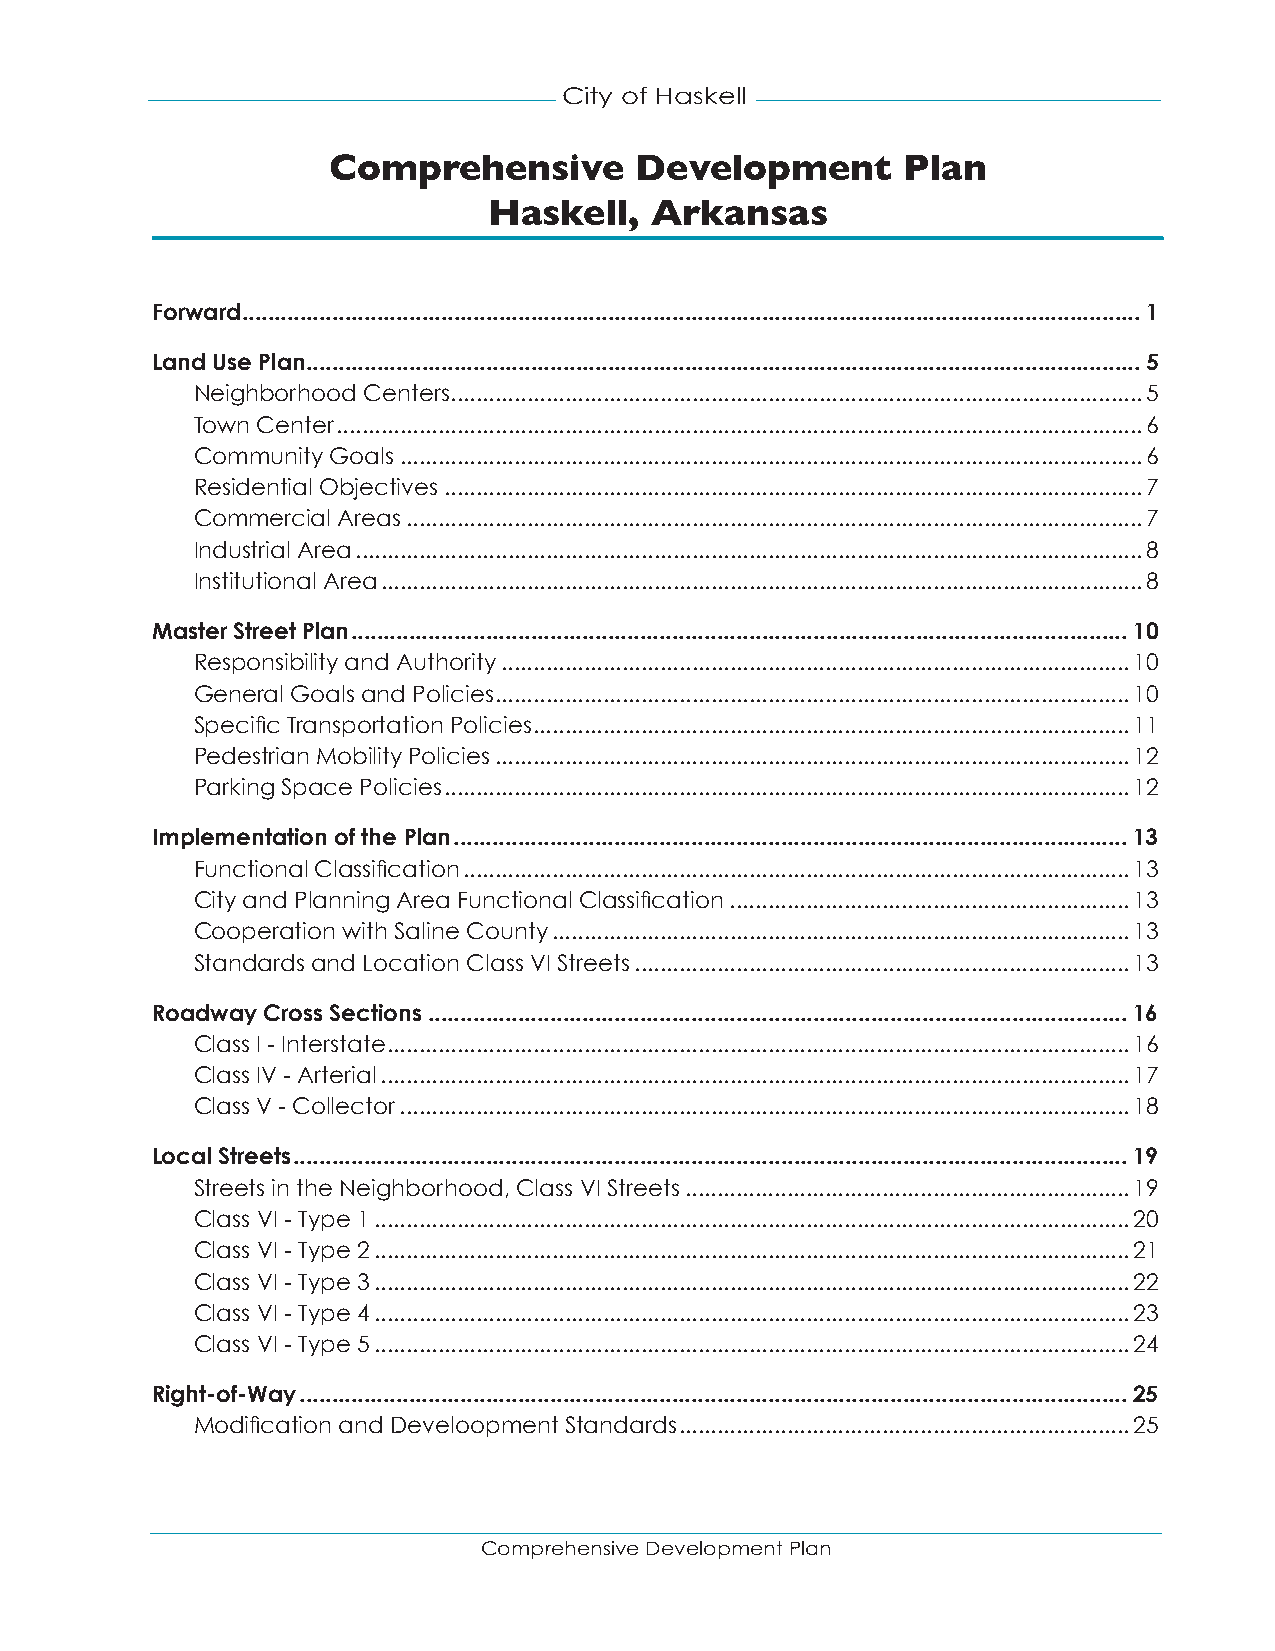
City of Haskell
 Comprehensive       Development       Plan
 Haskell,   Arkansas
 Forward ............................................................................................................................................1
 Land Use Plan ..................................................................................................................................5
 Neighborhood Centers .............................................................................................................5
 Town Center ...............................................................................................................................6
 Community Goals .....................................................................................................................6
 Residential Objectives ..............................................................................................................7
 Commercial Areas ....................................................................................................................7
 Industrial Area ............................................................................................................................8
 Institutional Area ........................................................................................................................8
 Master Street Plan .........................................................................................................................10
 Responsibility and Authority ...................................................................................................10
 General Goals and Policies ....................................................................................................10
 Specific Transportation Policies ..............................................................................................11
 Pedestrian Mobility Policies ....................................................................................................12
 Parking Space Policies ............................................................................................................12
 Implementation of the Plan .........................................................................................................13
 Functional Classification .........................................................................................................13
 City and Planning Area Functional Classification ...............................................................13
 Cooperation with Saline County ...........................................................................................13
 Standards and Location Class VI Streets ..............................................................................13
 Roadway Cross Sections .............................................................................................................16
 Class I - Interstate .....................................................................................................................16
 Class IV - Arterial ......................................................................................................................17
 Class V - Collector ...................................................................................................................18
 Local Streets ..................................................................................................................................19
 Streets in the Neighborhood, Class VI Streets ......................................................................19
 Class VI - Type 1 .......................................................................................................................20
 Class VI - Type 2 .......................................................................................................................21
 Class VI - Type 3 .......................................................................................................................22
 Class VI - Type 4 .......................................................................................................................23
 Class VI - Type 5 .......................................................................................................................24
 Right-of-Way .................................................................................................................................25
 Modification and Develoopment Standards .......................................................................25
 Comprehensive Development Plan